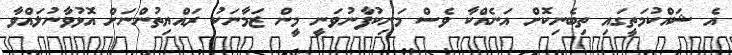
އެ ޝައްކުމަތީގައި ތިބެނިކޮށް އަނެއްކާ ވެސް މަނިކުފާނުވަނީ މީން ޒަމާނަކު ރައްޔިތުންނަށް އޮޅުވާނުލައްވާ